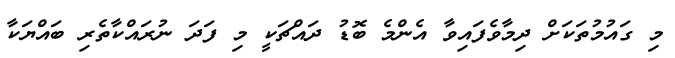
މި ގައުމުތަކަށް ދިމާވެފައިވާ އެންމެ ބޮޑު ދައްޗަކީ މި ފަދަ ނުރައްކާތެރި ބައްޔަކާ